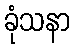
ခုံသနာ